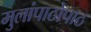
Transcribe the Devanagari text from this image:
मुलांपाठोपाठ